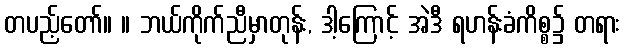
တပည့်တော်။ ။ ဘယ်ကိုက်ညီမှာတုန်း, ဒါ့ကြောင့် အဲဒီ ရဟန်းခံကိစ္စ၌ တရား